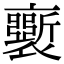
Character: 𧞗